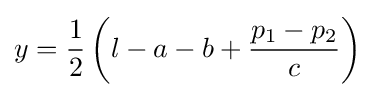
y={\frac {1}{2}}\left(l-a-b+{\frac {p_{1}-p_{2}}{c}}\right)